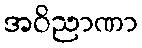
အဝိညာဏာ